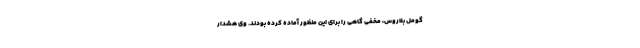
گومل بلاروس، مخفی گاهی را برای این منظور آماده کرده بودند. وی هشدار